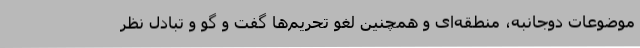
موضوعات دوجانبه، منطقه‌ای و همچنین لغو تحریم‌ها گفت و گو و تبادل نظر